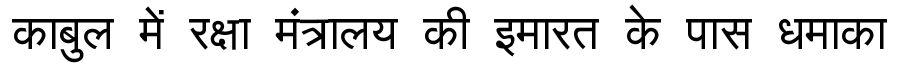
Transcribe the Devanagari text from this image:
काबुल में रक्षा मंत्रालय की इमारत के पास धमाका